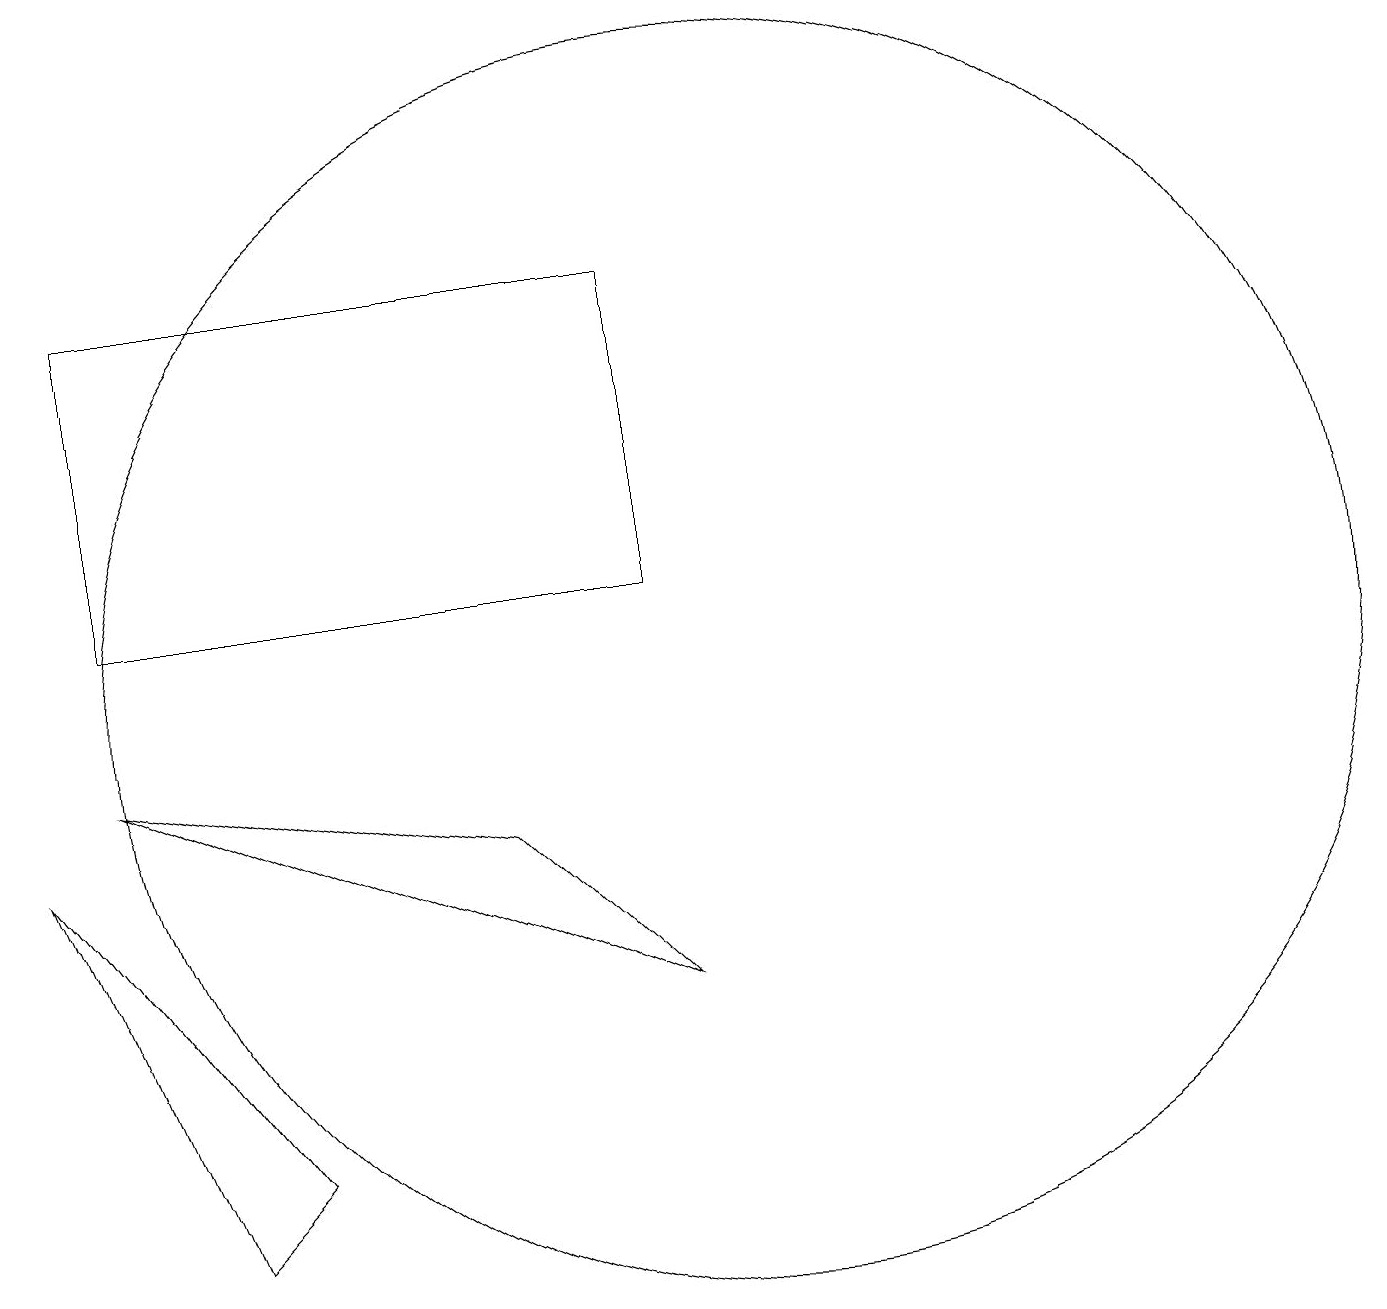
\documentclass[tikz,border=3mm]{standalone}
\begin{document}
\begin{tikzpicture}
\draw (2,15) rectangle (9,11);
\draw (10,10) circle (8);
\draw (9,6) -- (2,9) -- (7,8) -- cycle;
\draw (4,4) -- (1,8) -- (3,3) -- cycle;
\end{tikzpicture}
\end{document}